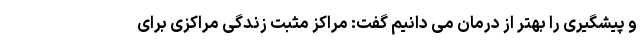
و پیشگیری را بهتر از درمان می دانیم گفت: مراکز مثبت زندگی مراکزی برای